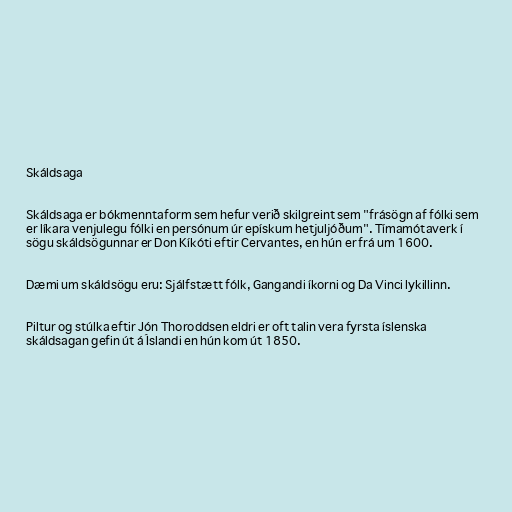
Skáldsaga

Skáldsaga er bókmenntaform sem hefur verið skilgreint sem "frásögn af fólki sem
er líkara venjulegu fólki en persónum úr epískum hetjuljóðum". Tímamótaverk í
sögu skáldsögunnar er Don Kíkóti eftir Cervantes, en hún er frá um 1600.

Dæmi um skáldsögu eru: Sjálfstætt fólk, Gangandi íkorni og Da Vinci lykillinn.

Piltur og stúlka eftir Jón Thoroddsen eldri er oft talin vera fyrsta íslenska
skáldsagan gefin út á Íslandi en hún kom út 1850.